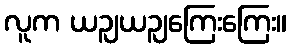
လူက ယဉျယဉျကြေးကြေး။